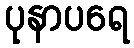
ပုနာပရေ